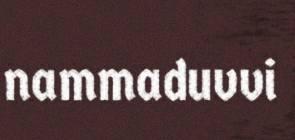
nammaduvvi